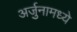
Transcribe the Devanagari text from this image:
अर्जुनामध्ये